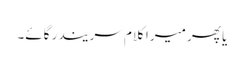
یا پھر میرا کلام سریندر گائے۔